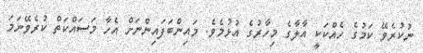
ނުކުރެވޭ ކަމުގެ ހެއްކަކީ އާލާގެ މިހާރުގެ އުޅުމެވެ. މައިންބަފައިންނަށް އެހާ މަސައްކަތް ކުރެވޭނަމަ